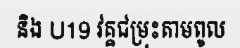
និង U19 វគ្គជម្រុះតាមពូល